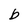
Character: b